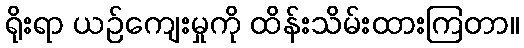
ရိုးရာ ယဉ်ကျေးမှုကို ထိန်းသိမ်းထားကြတာ။